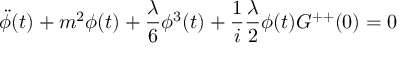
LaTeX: \ddot { \phi } ( t ) + m ^ { 2 } \phi ( t ) + \frac { \lambda } { 6 } \phi ^ { 3 } ( t ) + \frac { 1 } { i } \frac { \lambda } { 2 } \phi ( t ) G ^ { + + } ( 0 ) = 0